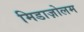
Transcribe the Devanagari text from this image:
मिडाज़ोलम